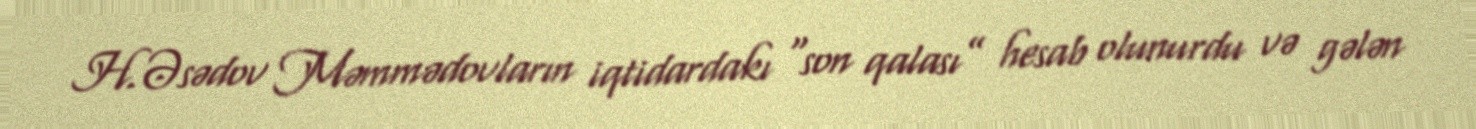
H.Əsədov Məmmədovların iqtidardakı “son qalası” hesab olunurdu və gələn